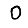
Digit: 0